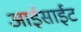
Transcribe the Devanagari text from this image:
आईसाईट